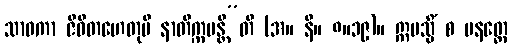
သာဝကာ ဇီဝိတဟေတုပိ နာတိက္ကမန္တီ”တိ (အ။ နိ။ ၈။၁၉)။ ဣမသ္မိံ စ ပနတ္ထေ